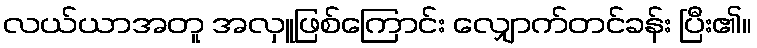
လယ်ယာအတူ အလှူဖြစ်ကြောင်း လျှောက်တင်ခန်း ပြီး၏။